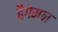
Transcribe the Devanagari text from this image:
हैगेमन